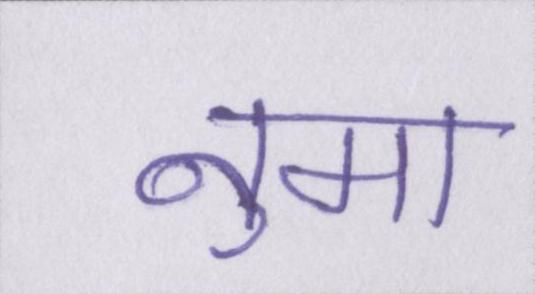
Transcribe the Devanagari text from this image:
नुमा